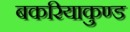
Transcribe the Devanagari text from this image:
बकरियाकुण्ड